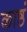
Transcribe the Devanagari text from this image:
काष्ठं